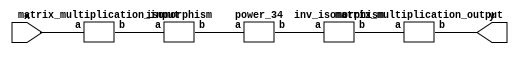
`timescale 1ns/100ps;
module SMS32_34_pn_1_6(x,y);
	 input [5:0] x;
	 output [5:0] y;
	 wire [5:0] z;
	 wire [5:0] w;
	 wire [5:0] p;
	 wire [5:0] q;
	 matrix_multiplication_input C1(x,z);
	 isomorphism C2 (z,w);
	 power_34 C3 (w,p);
	 inv_isomorphism C4 (p,q);
	 matrix_multiplication_output C5 (q,y);
endmodule

module add_base(a,b,c);
	 input [2:0] a;
	 input [2:0] b;
	 output [2:0] c;
	 assign c[0]=a[0]^b[0];
	 assign c[1]=a[1]^b[1];
	 assign c[2]=a[2]^b[2];
endmodule

module constant_multiplication_base_0(a,b);
	 input [2:0] a;
	 output [2:0] b;
	 assign b[0]=0;
	 assign b[1]=0;
	 assign b[2]=0;
endmodule

module constant_multiplication_base_1(a,b);
	 input [2:0] a;
	 output [2:0] b;
	 assign b[0]=a[0];
	 assign b[1]=a[1];
	 assign b[2]=a[2];
endmodule

module constant_multiplication_base_2(a,b);
	 input [2:0] a;
	 output [2:0] b;
	 assign b[0]=a[1];
	 assign b[1]=a[0]^a[2];
	 assign b[2]=a[1]^a[2];
endmodule

module constant_multiplication_base_3(a,b);
	 input [2:0] a;
	 output [2:0] b;
	 assign b[0]=a[0]^a[2];
	 assign b[1]=a[2];
	 assign b[2]=a[0]^a[1];
endmodule

module constant_multiplication_base_4(a,b);
	 input [2:0] a;
	 output [2:0] b;
	 assign b[0]=a[2];
	 assign b[1]=a[1]^a[2];
	 assign b[2]=a[0]^a[1]^a[2];
endmodule

module constant_multiplication_base_5(a,b);
	 input [2:0] a;
	 output [2:0] b;
	 assign b[0]=a[1]^a[2];
	 assign b[1]=a[0]^a[1];
	 assign b[2]=a[0];
endmodule

module constant_multiplication_base_6(a,b);
	 input [2:0] a;
	 output [2:0] b;
	 assign b[0]=a[0]^a[1];
	 assign b[1]=a[0]^a[1]^a[2];
	 assign b[2]=a[1];
endmodule

module constant_multiplication_base_7(a,b);
	 input [2:0] a;
	 output [2:0] b;
	 assign b[0]=a[0]^a[1]^a[2];
	 assign b[1]=a[0];
	 assign b[2]=a[0]^a[2];
endmodule

module multiplication_base(a,b,c);
	 input [2:0] a;
	 input [2:0] b;
	 output [2:0] c;
	 assign c[0]=(a[2]&b[2])^(a[0]&b[1])^(a[1]&b[0])^(a[1]&b[2])^(a[2]&b[1]);
	 assign c[1]=(a[0]&b[0])^(a[0]&b[2])^(a[2]&b[0])^(a[1]&b[2])^(a[2]&b[1]);
	 assign c[2]=(a[1]&b[1])^(a[0]&b[1])^(a[1]&b[0])^(a[0]&b[2])^(a[2]&b[0]);
endmodule

module square_base(a,b);
	 input [2:0] a;
	 output[2:0] b;
	 assign b[0]=a[2];
	 assign b[1]=a[0];
	 assign b[2]=a[1];
endmodule

module four_base(a,b);
	 input [2:0] a;
	 output[2:0] b;
	 assign b[0]=a[1];
	 assign b[1]=a[2];
	 assign b[2]=a[0];
endmodule

module six_base(a,b);
	 input [2:0] a;
	 output [2:0] b;
	 assign b[0]=a[0]^a[2]^(a[1]&a[2]);
	 assign b[1]=a[0]^a[1]^(a[0]&a[2]);
	 assign b[2]=a[1]^a[2]^(a[0]&a[1]);
endmodule

module power_34(a,b);
	 input [5:0] a;
	 output [5:0] b;
	 wire [2:0] x_0;
	 wire [2:0] x_1;
	 wire [2:0] x_2;
	 wire [2:0] x_3;
	 wire [2:0] x_4;
	 wire [2:0] x_5;
	 wire [2:0] y_0;
	 wire [2:0] y_1;
	 wire [2:0] y_2;
	 wire [2:0] y_3;
	 wire [2:0] z_00;
	 wire [2:0] z_01;
	 wire [2:0] z_02;
	 wire [2:0] z_10;
	 wire [2:0] z_11;
	 wire [2:0] z_12;
	 wire [2:0] w_00;
	 wire [2:0] w_01;
	 wire [2:0] w_02;
	 wire [2:0] w_03;
	 wire [2:0] w_10;
	 wire [2:0] w_11;
	 wire [2:0] w_12;
	 wire [2:0] w_13;
	 assign x_0[0]=a[0];
	 assign x_0[1]=a[1];
	 assign x_0[2]=a[2];
	 assign x_1[0]=a[3];
	 assign x_1[1]=a[4];
	 assign x_1[2]=a[5];
	 six_base A1 (x_0,y_0);
	 six_base A2 (x_1,y_3);
	 square_base  A3 (x_0,x_2);
	 square_base A4 (x_1,x_3);
	 four_base  A5 (x_0,x_4);
	 four_base A6 (x_1,x_5);
	 multiplication_base A7 (x_2,x_5,y_1);
	 multiplication_base A8 (x_3,x_4,y_2);
	 constant_multiplication_base_1 MC00 (y_0,w_00);
	 constant_multiplication_base_2 MC01 (y_1,w_01);
	 constant_multiplication_base_4 MC02 (y_2,w_02);
	 constant_multiplication_base_7 MC03 (y_3,w_03);
	 constant_multiplication_base_0 MC10 (y_0,w_10);
	 constant_multiplication_base_4 MC11 (y_1,w_11);
	 constant_multiplication_base_2 MC12 (y_2,w_12);
	 constant_multiplication_base_1 MC13 (y_3,w_13);
	 add_base B00 (w_00,w_01,z_00);
	 add_base B01 (w_02,w_03,z_01);
	 add_base B02 (z_00,z_01,z_02);
	 add_base B10 (w_10,w_11,z_10);
	 add_base B11 (w_12,w_13,z_11);
	 add_base B12 (z_10,z_11,z_12);
	 assign b[0]=z_02[0];
	 assign b[1]=z_02[1];
	 assign b[2]=z_02[2];
	 assign b[3]=z_12[0];
	 assign b[4]=z_12[1];
	 assign b[5]=z_12[2];
endmodule

module inv_isomorphism(a,b);
	 input [5:0] a;
	 output [5:0] b;
	 assign b[0]=a[0]^a[3]^a[4]^a[5];
	 assign b[1]=a[0]^a[2]^a[4]^a[5];
	 assign b[2]=a[1]^a[2]^a[5];
	 assign b[3]=a[3];
	 assign b[4]=a[1]^a[2]^a[3];
	 assign b[5]=a[0]^a[1]^a[3];
endmodule

module isomorphism(a,b);
	 input [5:0] a;
	 output [5:0] b;
	 assign b[0]=a[0]^a[1]^a[3]^a[4]^a[5];
	 assign b[1]=a[0]^a[1]^a[4];
	 assign b[2]=a[0]^a[1]^a[3];
	 assign b[3]=a[3];
	 assign b[4]=a[1]^a[2]^a[3]^a[5];
	 assign b[5]=a[2]^a[3]^a[4];
endmodule

module matrix_multiplication_input(a,b);
	 input [5:0] a;
	 output [5:0] b;
	 assign b[0]=a[0];
	 assign b[1]=a[1];
	 assign b[2]=a[2];
	 assign b[3]=a[3];
	 assign b[4]=a[4];
	 assign b[5]=a[0]^a[5];
endmodule

module matrix_multiplication_output(a,b);
	 input [5:0] a;
	 output [5:0] b;
	 assign b[0]=a[0]^a[3];
	 assign b[1]=a[0]^a[1]^a[2];
	 assign b[2]=a[0]^a[1];
	 assign b[3]=a[3]^a[5];
	 assign b[4]=a[1]^a[2]^a[3]^a[4];
	 assign b[5]=a[0]^a[2]^a[3]^a[5];
endmodule